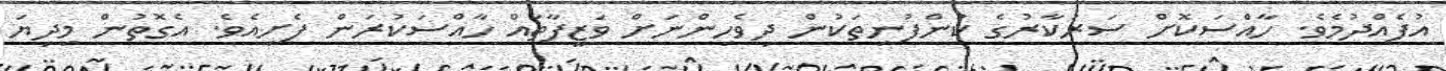
އުފެއްދުމެވެ. ހާއްސަކޮށް ސަރުކާރުގެ ކުންފުނިތަކުން ދިވެހިންނަށް ވަޒީފާތައް ހާއްސަކުރަން ފެށިއެވެ. އެގޮތުން މިދިޔަ